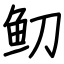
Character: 鱽